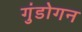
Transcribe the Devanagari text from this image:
गुंडोगन